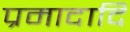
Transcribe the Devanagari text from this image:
प्रमादादि